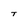
Character: T